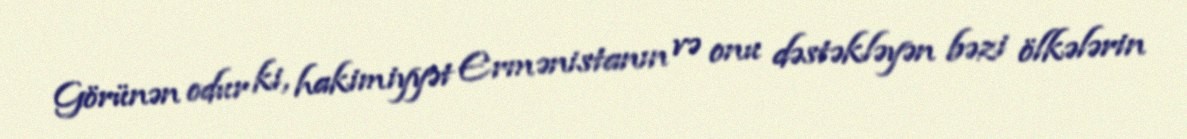
Görünən odur ki, hakimiyyət Ermənistanın və onu dəstəkləyən bəzi ölkələrin